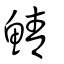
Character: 鯖